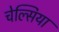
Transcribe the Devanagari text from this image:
चेल्‍सिया